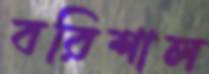
বরিশাল